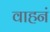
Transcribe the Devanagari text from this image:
वाहनं